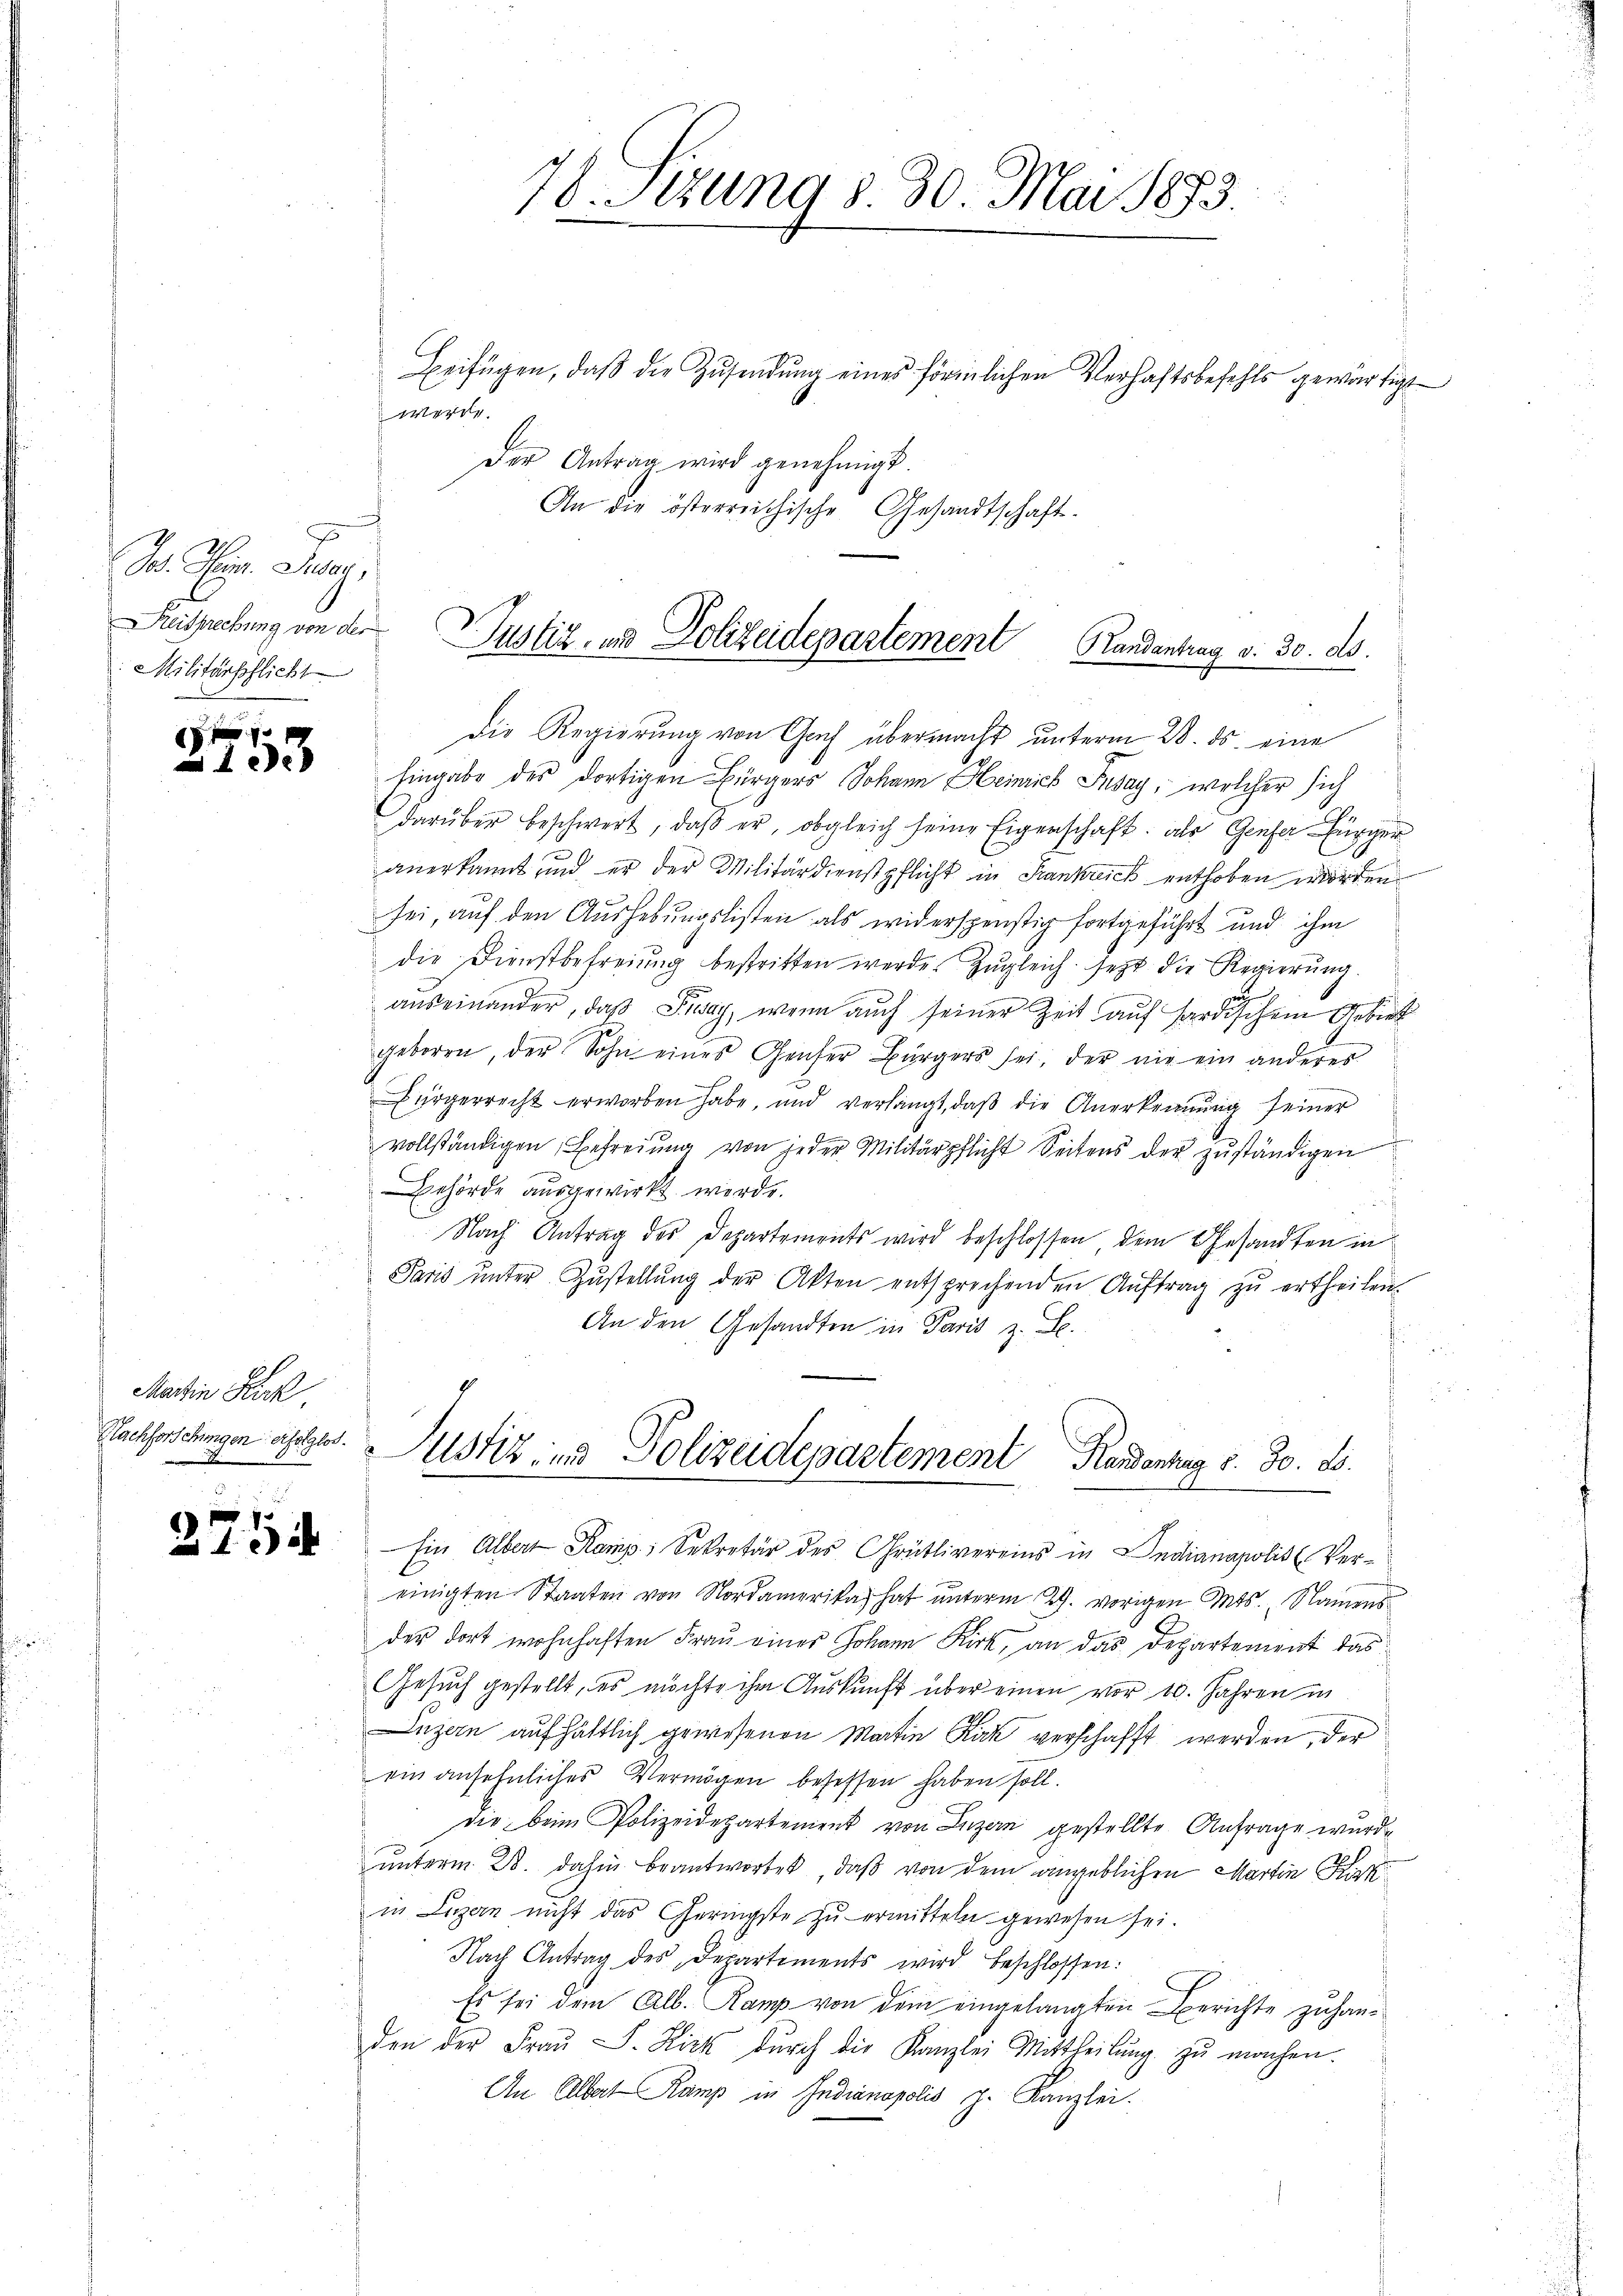
I. Reg. Peteri
Militärpflicht

1f f 0 x
ee

Martin Kerk
Nachforschingen erfolglos.
t
E

2754

78. Jung d. 30. Mai 1873.

Beifügen, daβ die Zŭsendung eines förmlichen Verhaftsbefehls gewärtigt
werde.
Der Antrag wird genehmigt.
An die österreichische Gesandtschaft.

Reitsrechung von der Justiz- und Polizeidepartement Handantrag v. 30. ds.

Die Regierung von Gaf übermacht unterm 28. ds. eine
hingabe des dortigen Bürgers Johann Heinrich Jusay, welcher sich
darüber beschwert, daβ er, obgleich seine Eigenschaft, als Genfer Bürger
anerkannt und er der Militärdienstpflicht in Frankreich enthoben worden
sei, auf den Aushebungslisten als widerspenstig fortgeführt und ihm
die Dienstbefreiung bestritten werde. Zŭgleich setzt die Regierŭng.
auseinander, daß Piway, wenn auch seiner Zeit auf hardischem Gebiet
geboren, der Sohn eines Genfer Bürgers sei, der nie ein anderes
ürgerrecht erworben habe, und verlangt, daß die Anerkennung seiner
vollständigen Befreiung von jeder Militärpflicht Seitens der zuständigen
Behörde ausgewirkt werde.
Nach Antrag des Departements wird beschlossen, dem Gesandten in
Paris ŭnter Zŭstellŭng der Akten entsprechenden Aŭftrag zŭ ertheilen.
An den Gesandten in Paris z. B.

Justiz- und Polizeidepartement Handenhag §. 30. ds.

Ein Albert Kamp, Sekretär des Grütlivereins in Indianapolis Vereinigten Staaten von Nordamerika hat unterm 29. vorigen Mts. Namens
der dort wohnhaften Frau einer Johann Kirk, an das Departement das
Gesuch gestellt, es möchte ihm Auskunft über einen vor 10. Jahren in
Luzern aufhältlich gewesenen Martin Kák verschafft werden, der
ein ansehnliches Vermögen besessen haben soll.
die beim Polizeidepartement von Luzern gestellte Anfrage wurde
unterm 28. dahin beantwortet, daß von dem angeblichen Martin Kerk
in Luzern nicht das Geringste zu ermitteln gewesen sei.
Nach Antrag des Departements wird beschlossen:
Es sei dem Alb. Ramp von dem eingelangten Berichte zuhanden der Frau S. Fick durch die Kanzlei Mittheilung zu machen.
An Albert Kamp in Indianopolis p. Kanzlei.